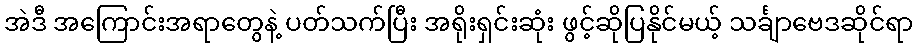
အဲဒီ အကြောင်းအရာတွေနဲ့ ပတ်သက်ပြီး အရိုးရှင်းဆုံး ဖွင့်ဆိုပြနိုင်မယ့် သင်္ချာဗေဒဆိုင်ရာ